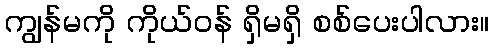
ကျွန်မကို ကိုယ်ဝန် ရှိမရှိ စစ်ပေးပါလား။